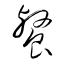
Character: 餐